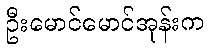
ဦးမောင်မောင်အုန်းက